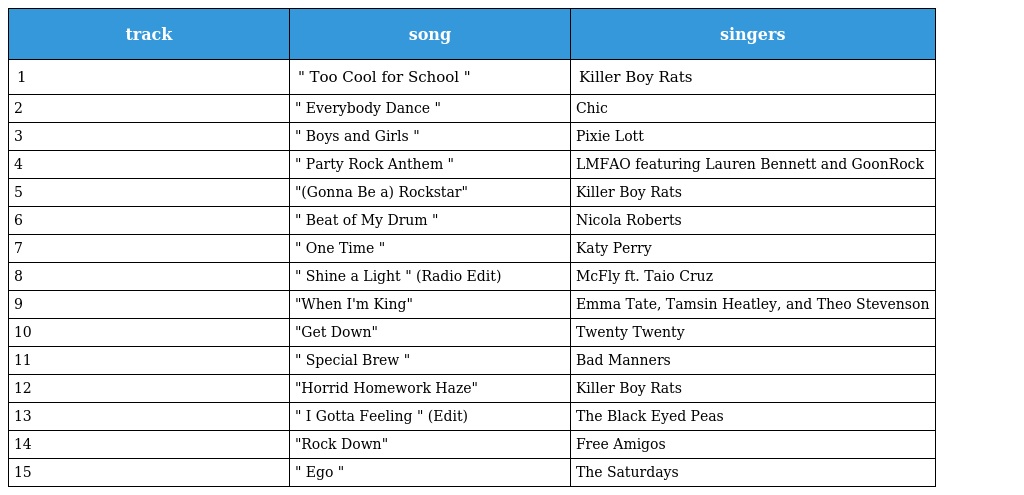
| track | song | singers |
 | --- | --- | --- |
 | 1 | " Too Cool for School " | Killer Boy Rats |
 | 2 | " Everybody Dance " | Chic |
 | 3 | " Boys and Girls " | Pixie Lott |
 | 4 | " Party Rock Anthem " | LMFAO featuring Lauren Bennett and GoonRock |
 | 5 | "(Gonna Be a) Rockstar" | Killer Boy Rats |
 | 6 | " Beat of My Drum " | Nicola Roberts |
 | 7 | " One Time " | Katy Perry |
 | 8 | " Shine a Light " (Radio Edit) | McFly ft. Taio Cruz |
 | 9 | "When I'm King" | Emma Tate, Tamsin Heatley, and Theo Stevenson |
 | 10 | "Get Down" | Twenty Twenty |
 | 11 | " Special Brew " | Bad Manners |
 | 12 | "Horrid Homework Haze" | Killer Boy Rats |
 | 13 | " I Gotta Feeling " (Edit) | The Black Eyed Peas |
 | 14 | "Rock Down" | Free Amigos |
 | 15 | " Ego " | The Saturdays |